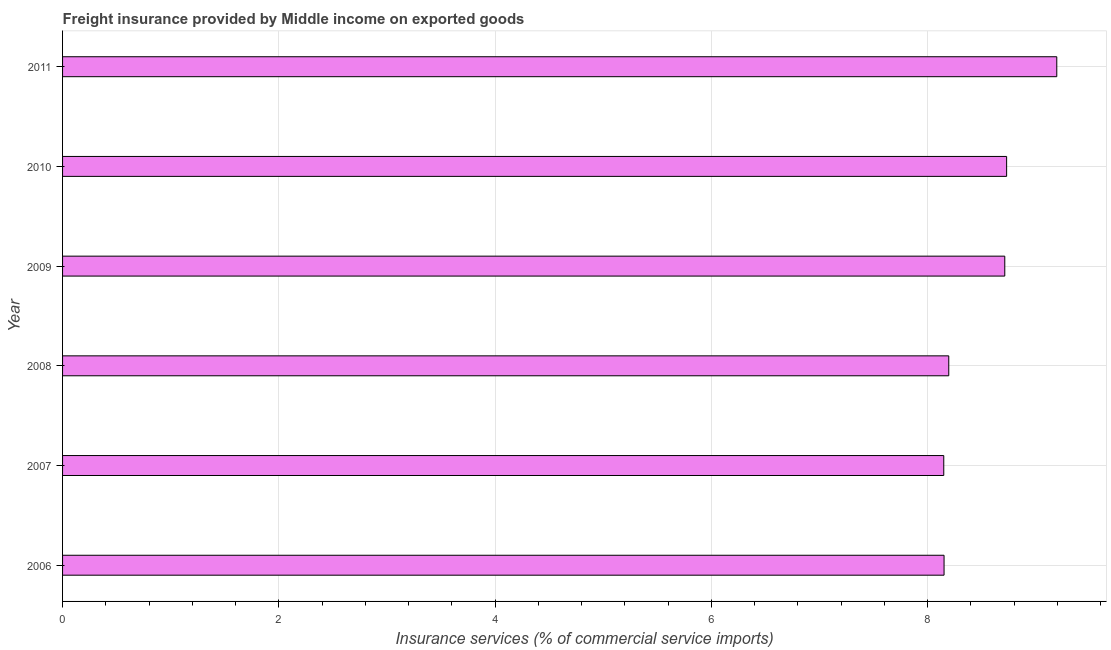
| Year | Insurance and financial services |
 | --- | --- |
 | 2006 | 8.15 |
 | 2007 | 8.15 |
 | 2008 | 8.2 |
 | 2009 | 8.71 |
 | 2010 | 8.73 |
 | 2011 | 9.2 |